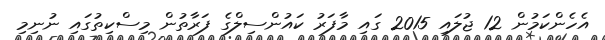
އެހެންކަމުން 12 ޖުލައި 2015 ގައި މާފަރު ކައުންސިލްގެ ފަރާތުން މިސްކިތުގައި ނުނިމި